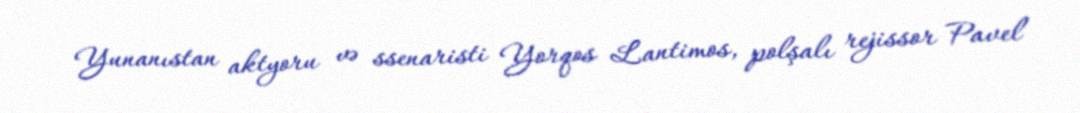
Yunanıstan aktyoru və ssenaristi Yorqos Lantimos, polşalı rejissor Pavel